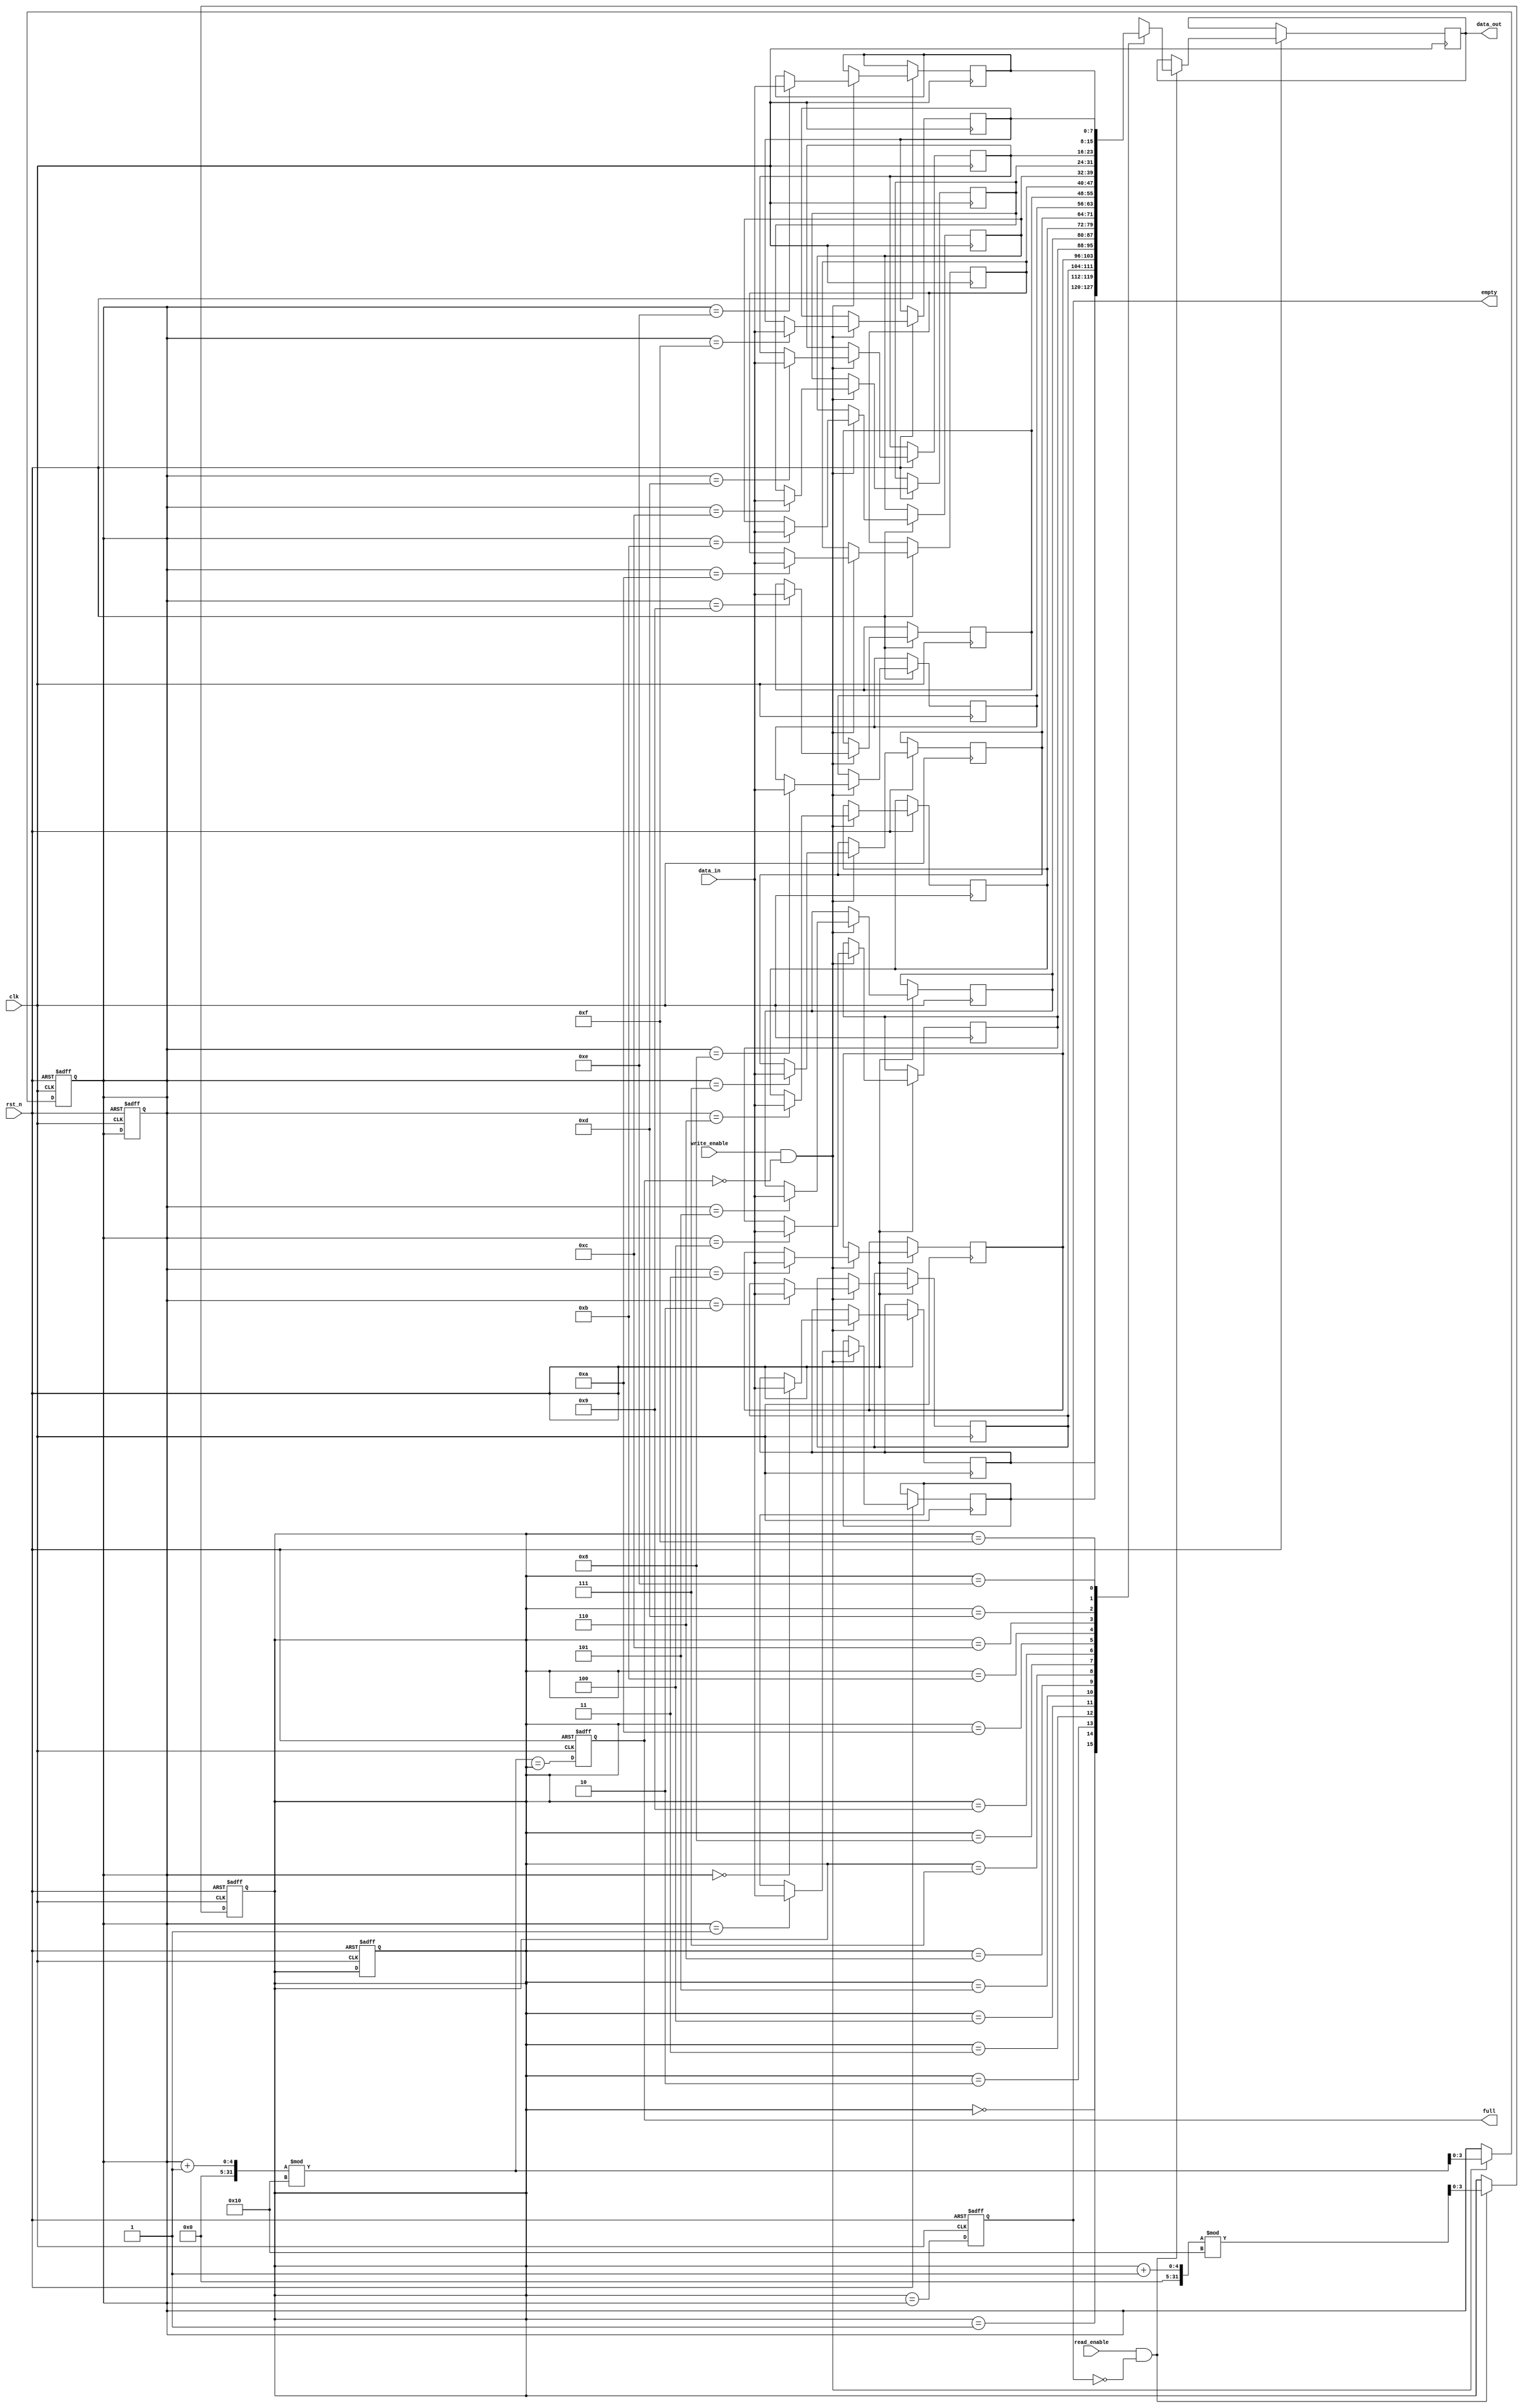
module parameterized_fifo #(
    parameter DATA_WIDTH = 8,      // Width of each data entry
    parameter FIFO_DEPTH = 16       // Total number of entries in the FIFO
) (
    input wire clk,                 // Clock signal
    input wire rst_n,               // Active-low reset signal
    input wire write_enable,         // Write enable signal
    input wire read_enable,          // Read enable signal
    input wire [DATA_WIDTH-1:0] data_in, // Input data to be written
    output reg [DATA_WIDTH-1:0] data_out, // Output data read from the FIFO
    output reg full,                // FIFO full flag
    output reg empty                // FIFO empty flag
);

    // Calculate the number of bits needed for the pointers
    localparam ADDR_WIDTH = $clog2(FIFO_DEPTH);

    // Memory array to store the FIFO data
    reg [DATA_WIDTH-1:0] fifo_mem [0:FIFO_DEPTH-1];

    // Read and Write pointers
    reg [ADDR_WIDTH-1:0] read_ptr;
    reg [ADDR_WIDTH-1:0] write_ptr;

    // FIFO status flags
    initial begin
        full = 1'b0;
        empty = 1'b1;
        read_ptr = 0;
        write_ptr = 0;
    end

    // Write operation
    always @(posedge clk or negedge rst_n) begin
        if (!rst_n) begin
            // Reset logic
            read_ptr <= 0;
            write_ptr <= 0;
            full <= 1'b0;
            empty <= 1'b1;
        end else begin
            if (write_enable && !full) begin
                fifo_mem[write_ptr] <= data_in; // Write data to FIFO
                write_ptr <= (write_ptr + 1) % FIFO_DEPTH; // Increment write pointer
            end
            
            // Update full and empty flags
            full <= (write_ptr + 1) % FIFO_DEPTH == read_ptr;
            empty <= (read_ptr == write_ptr);
        end
    end

    // Read operation
    always @(posedge clk or negedge rst_n) begin
        if (!rst_n) begin
            // Reset logic
            read_ptr <= 0;
            write_ptr <= 0;
            full <= 1'b0;
            empty <= 1'b1;
        end else begin
            if (read_enable && !empty) begin
                data_out <= fifo_mem[read_ptr]; // Read data from FIFO
                read_ptr <= (read_ptr + 1) % FIFO_DEPTH; // Increment read pointer
            end
            
            // Update full and empty flags
            full <= (write_ptr + 1) % FIFO_DEPTH == read_ptr;
            empty <= (read_ptr == write_ptr);
        end
    end

endmodule